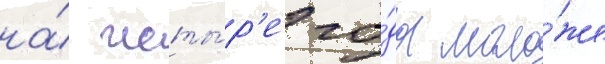
на́ четы́р'е го́да моло́же